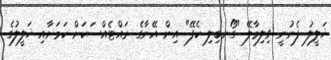
ޚަލީލު ފެނުނީ ވިލިމާލޭ "ގޯނބިލި ކެފޭ" އިން އޭނާގެ ރައްޓެއްސަކަށް ކަމަށާއި ޚަލީލުގެ